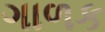
ગાળક